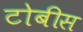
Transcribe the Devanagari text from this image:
टोबीस